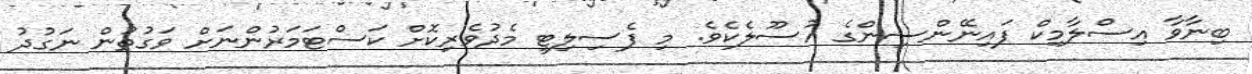
ބިނާވާ އިސްލާމިކް ފައިނޭންސިންގެ އުސޫލެކެވެ. މި ފެސިލިޓީ މެދުވެރިކޮށް ކަސްޓަމަރުންނަށް ވަގުތުން ނަގުދު